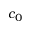
c _ { 0 }